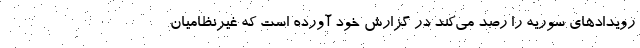
رویدادهای سوریه را رصد می‌کند در گزارش خود آورده است که غیرنظامیان